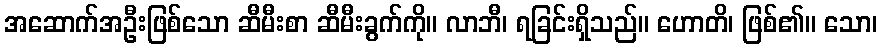
အဆောက်အဦးဖြစ်သော ဆီမီးစာ ဆီမီးခွက်ကို။ လာဘီ၊ ရခြင်းရှိသည်။ ဟောတိ၊ ဖြစ်၏။ သော၊